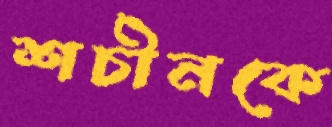
শচীনকে